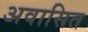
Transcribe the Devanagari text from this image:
अवासित